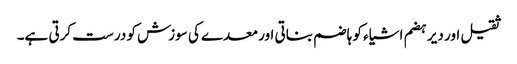
ثقیل اور دیر ہضم اشیاء کو ہاضم بناتی اور معدے کی سوزش کو درست کرتی ہے۔